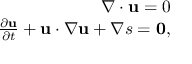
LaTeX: \begin{array} { r } { \nabla \cdot \mathbf { u } = 0 } \\ { { \frac { \partial \mathbf { u } } { \partial t } } + \mathbf { u } \cdot \nabla \mathbf { u } + \nabla s = \mathbf { 0 } , } \end{array}